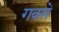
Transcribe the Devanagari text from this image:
गवसे